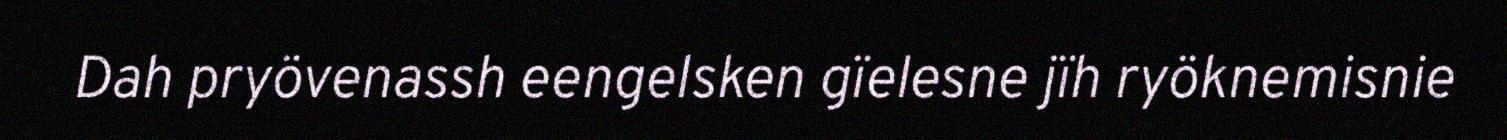
Dah pryövenassh eengelsken gïelesne jïh ryöknemisnie